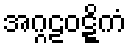
အဂ္ဂဠဝဋ္ဋိကံ